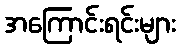
အကြောင်းရင်းများ